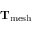
\mathrm { \bf T } _ { \mathrm { m e s h } }